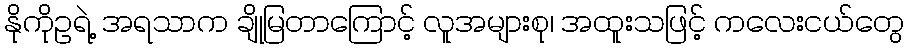
နိုကိုဥရဲ့ အရသာက ချိုမြတာကြောင့် လူအများစု၊ အထူးသဖြင့် ကလေးငယ်တွေ